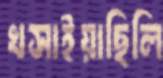
খসাইয়াছিলি